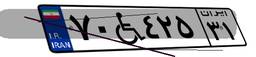
۷۰W۴۲۵۳۱